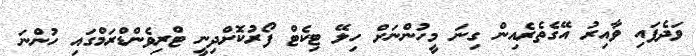
ވަދެފައި ވާއިރު އޭގެތެރެއިން ގިނަ މީހުންނަށް ހިލޭ ޓިކެޓް ފޯރުކޮށްދިނީ ޓްރިވެންޑްރަމްގައި ހުންނަ